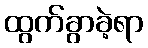
ထွက်ခွာခဲ့ရာ